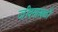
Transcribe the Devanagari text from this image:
जीवसाखळी